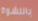
بالنشوة